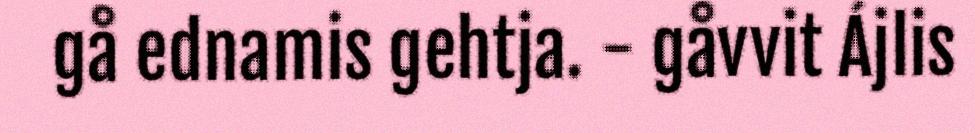
gå ednamis gehtja. - gåvvit Ájlis